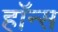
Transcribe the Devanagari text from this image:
हॉन्स